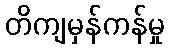
တိကျမှန်ကန်မှု